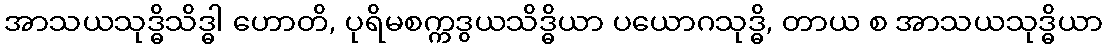
အာသယသုဒ္ဓိသိဒ္ဓါ ဟောတိ, ပုရိမစက္ကဒွယသိဒ္ဓိယာ ပယောဂသုဒ္ဓိ, တာယ စ အာသယသုဒ္ဓိယာ